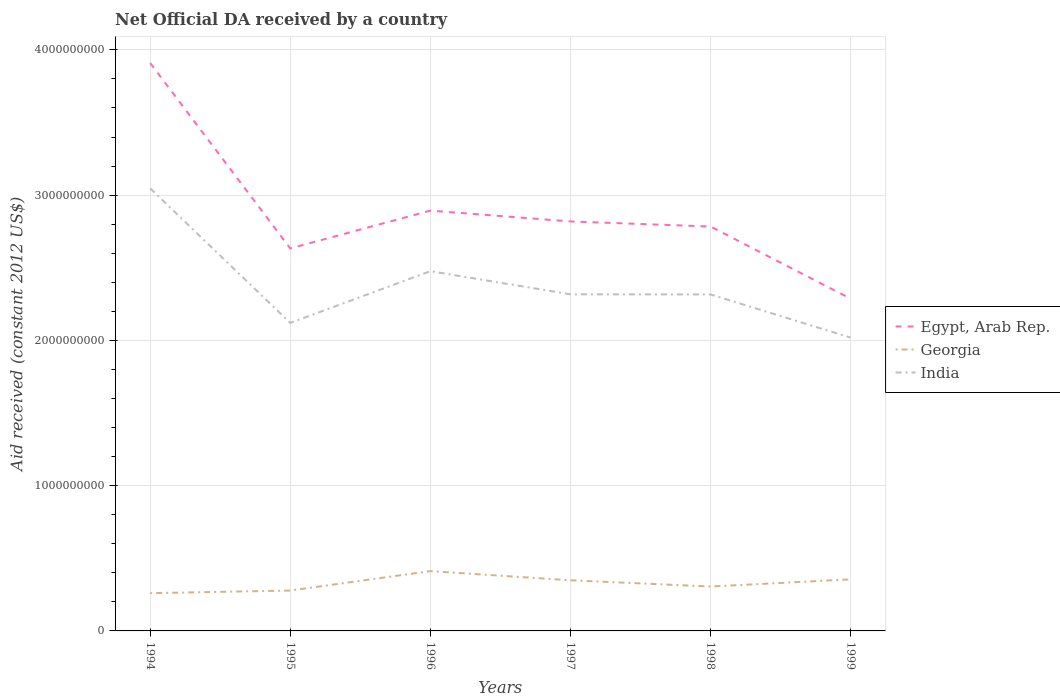
| Years | Egypt, Arab Rep. | Georgia | India |
 | --- | --- | --- | --- |
 | 1994 | 3.91e+09 | 2.6e+08 | 3.05e+09 |
 | 1995 | 2.63e+09 | 2.78e+08 | 2.12e+09 |
 | 1996 | 2.89e+09 | 4.12e+08 | 2.48e+09 |
 | 1997 | 2.82e+09 | 3.49e+08 | 2.32e+09 |
 | 1998 | 2.78e+09 | 3.06e+08 | 2.32e+09 |
 | 1999 | 2.29e+09 | 3.55e+08 | 2.02e+09 |